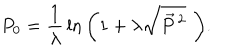
P _ { 0 } = { \frac { 1 } { \lambda } } \ln { \left( 1 + \lambda \sqrt { { \vec { P } } \, ^ { 2 } } \, \, \right) } .